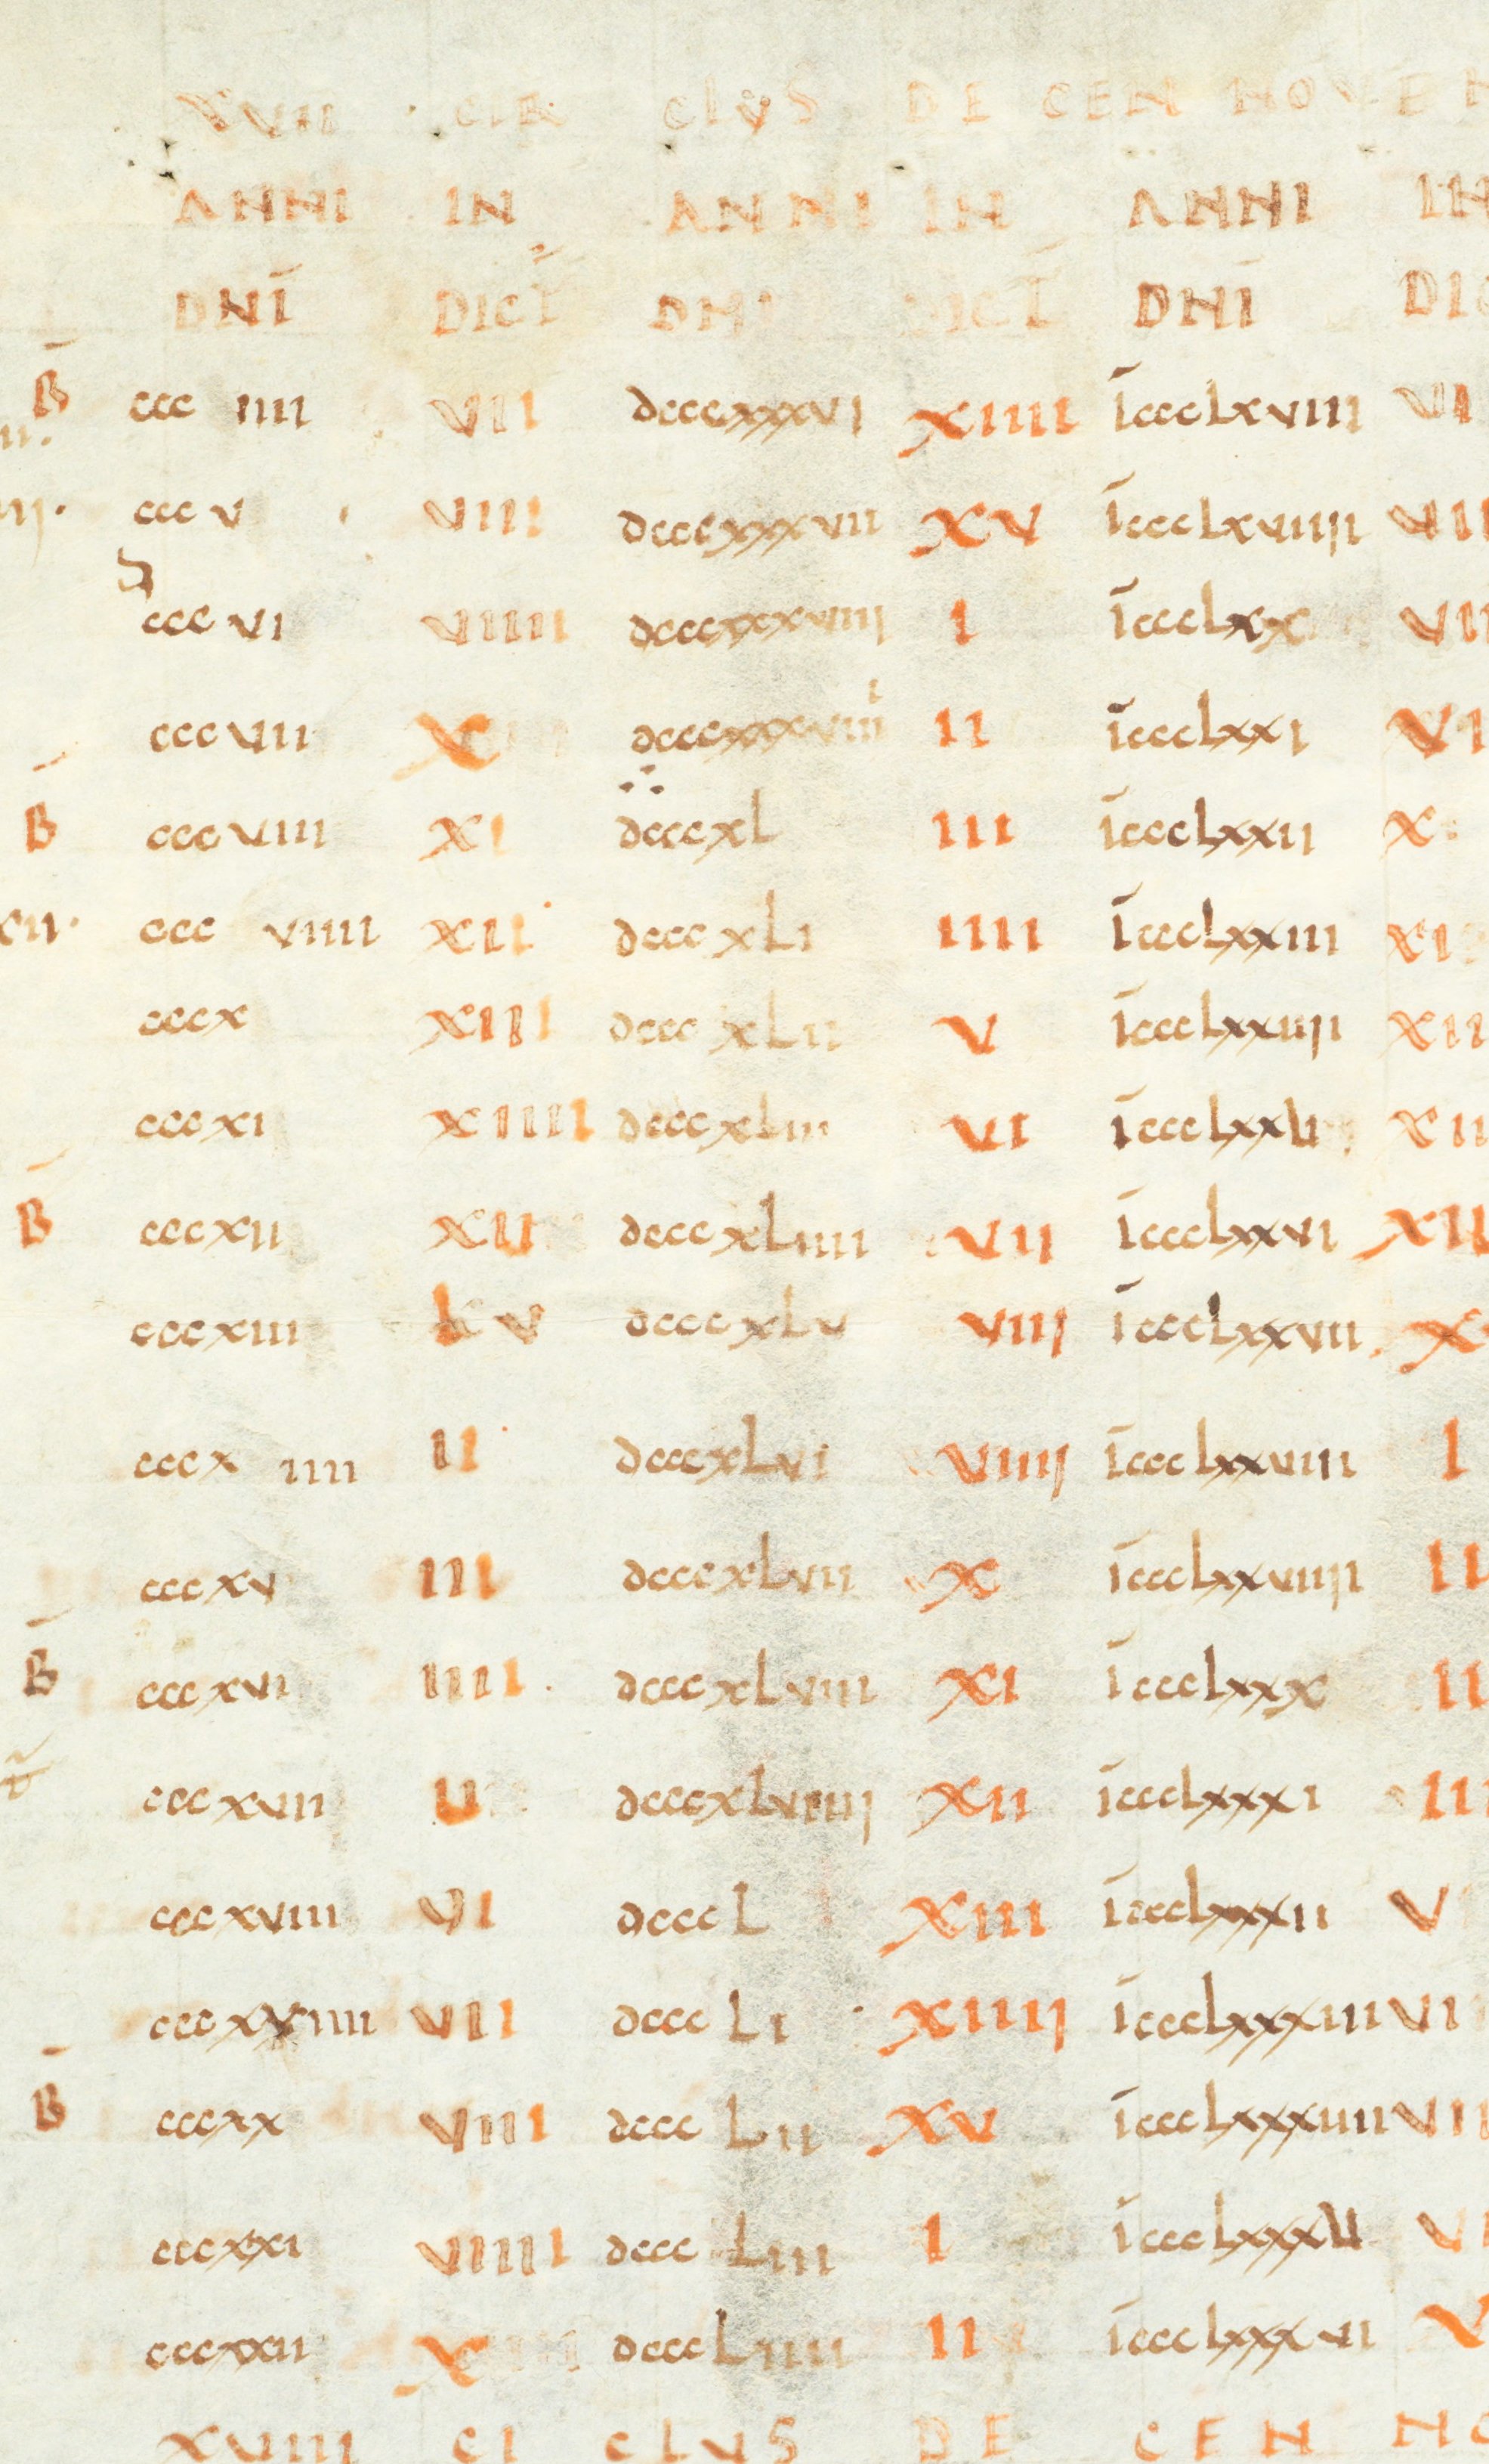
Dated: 1000–1049